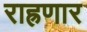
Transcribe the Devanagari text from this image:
राह्रणार